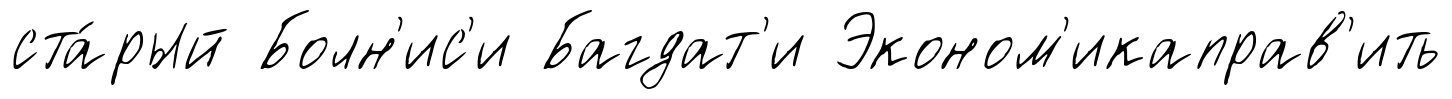
ста́рый Болн'ис'и Багдат'и Эконом'икаправ'ить